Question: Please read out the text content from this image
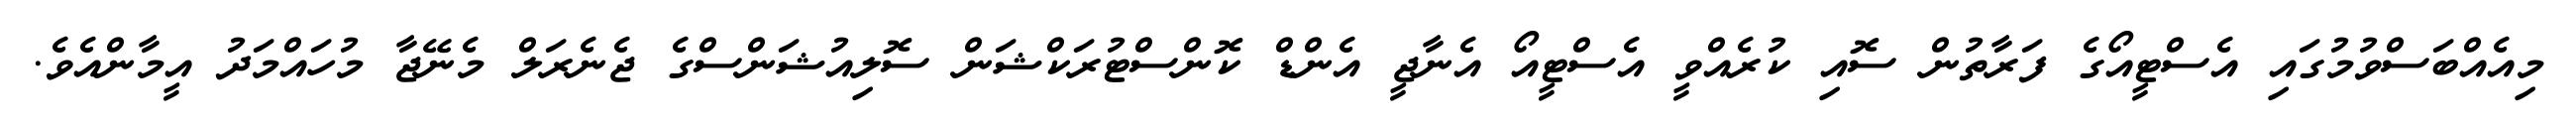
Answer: މިއެއްބަސްވުމުގައި އެސްޓީއޯގެ ފަރާތުން ސޮއި ކުރެއްވީ އެސްޓީއޯ އެނާޖީ އެންޑް ކޮންސްޓުރަކްޝަން ސޮލިއުޝަންސްގެ ޖެނެރަލް މެނޭޖާ މުހައްމަދު އީމާންއެވެ.